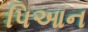
પિઆન